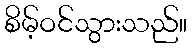
စိမ့်ဝင်သွားသည်။